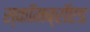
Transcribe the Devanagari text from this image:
स्कॉमब्रॉएड